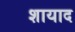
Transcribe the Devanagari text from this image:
शायाद